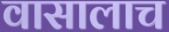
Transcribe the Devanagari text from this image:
वासालाच